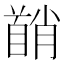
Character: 𬳘